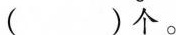
( )个。